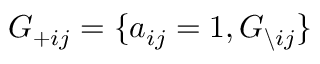
G _ { + i j } = \{ a _ { i j } = 1 , G _ { \backslash i j } \}